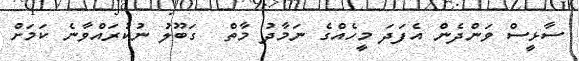
ސާޅީސް ވަންދެން އެފަދަ މީހެއްގެ ނަމާދު މާތް  ގަބޫލު ނުކުރައްވާނެ ކަމަށް